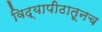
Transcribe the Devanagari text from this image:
विद्यापीठातूनच